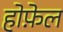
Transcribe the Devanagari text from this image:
होफ़ेल